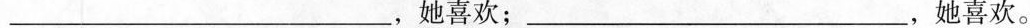
___，她喜欢；___，她喜欢。